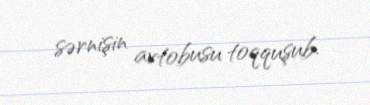
sərnişin avtobusu toqquşub.